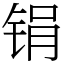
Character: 𫓶